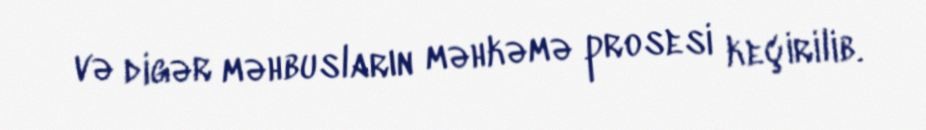
və digər məhbusların məhkəmə prosesi keçirilib.